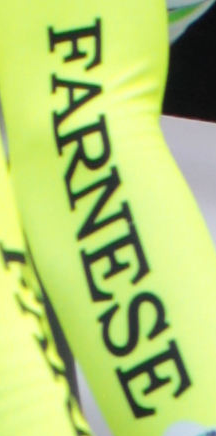
FARNESE